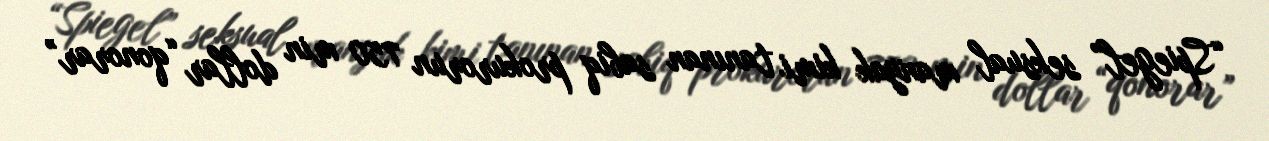
“Spiegel” seksual manyak kimi tanınan sabiq prokurorun 750 min dollar “qonorar”